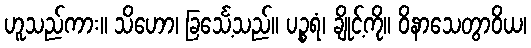
ဟူသည်ကား။ သိဟော၊ ခြင်္သေ့သည်။ ပဉ္စရံ၊ ချိုင့်ကို။ ဝိနာသေတွာဝိယ၊